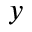
y